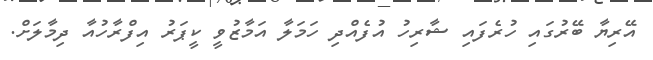
އޭރިޔާ ބޭރުގައި ހުރެފައި ޝާރިހު އުފެއްދި ހަމަލާ އަމާޒުވީ ކީޕަރު އިފްރާހުއާ ދިމާލަށް.